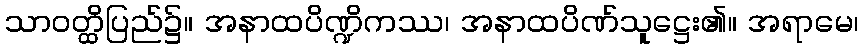
သာဝတ္ထိပြည်၌။ အနာထပိဏ္ဍိကဿ၊ အနာထပိဏ်သူဋ္ဌေး၏။ အရာမေ၊